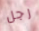
رجل